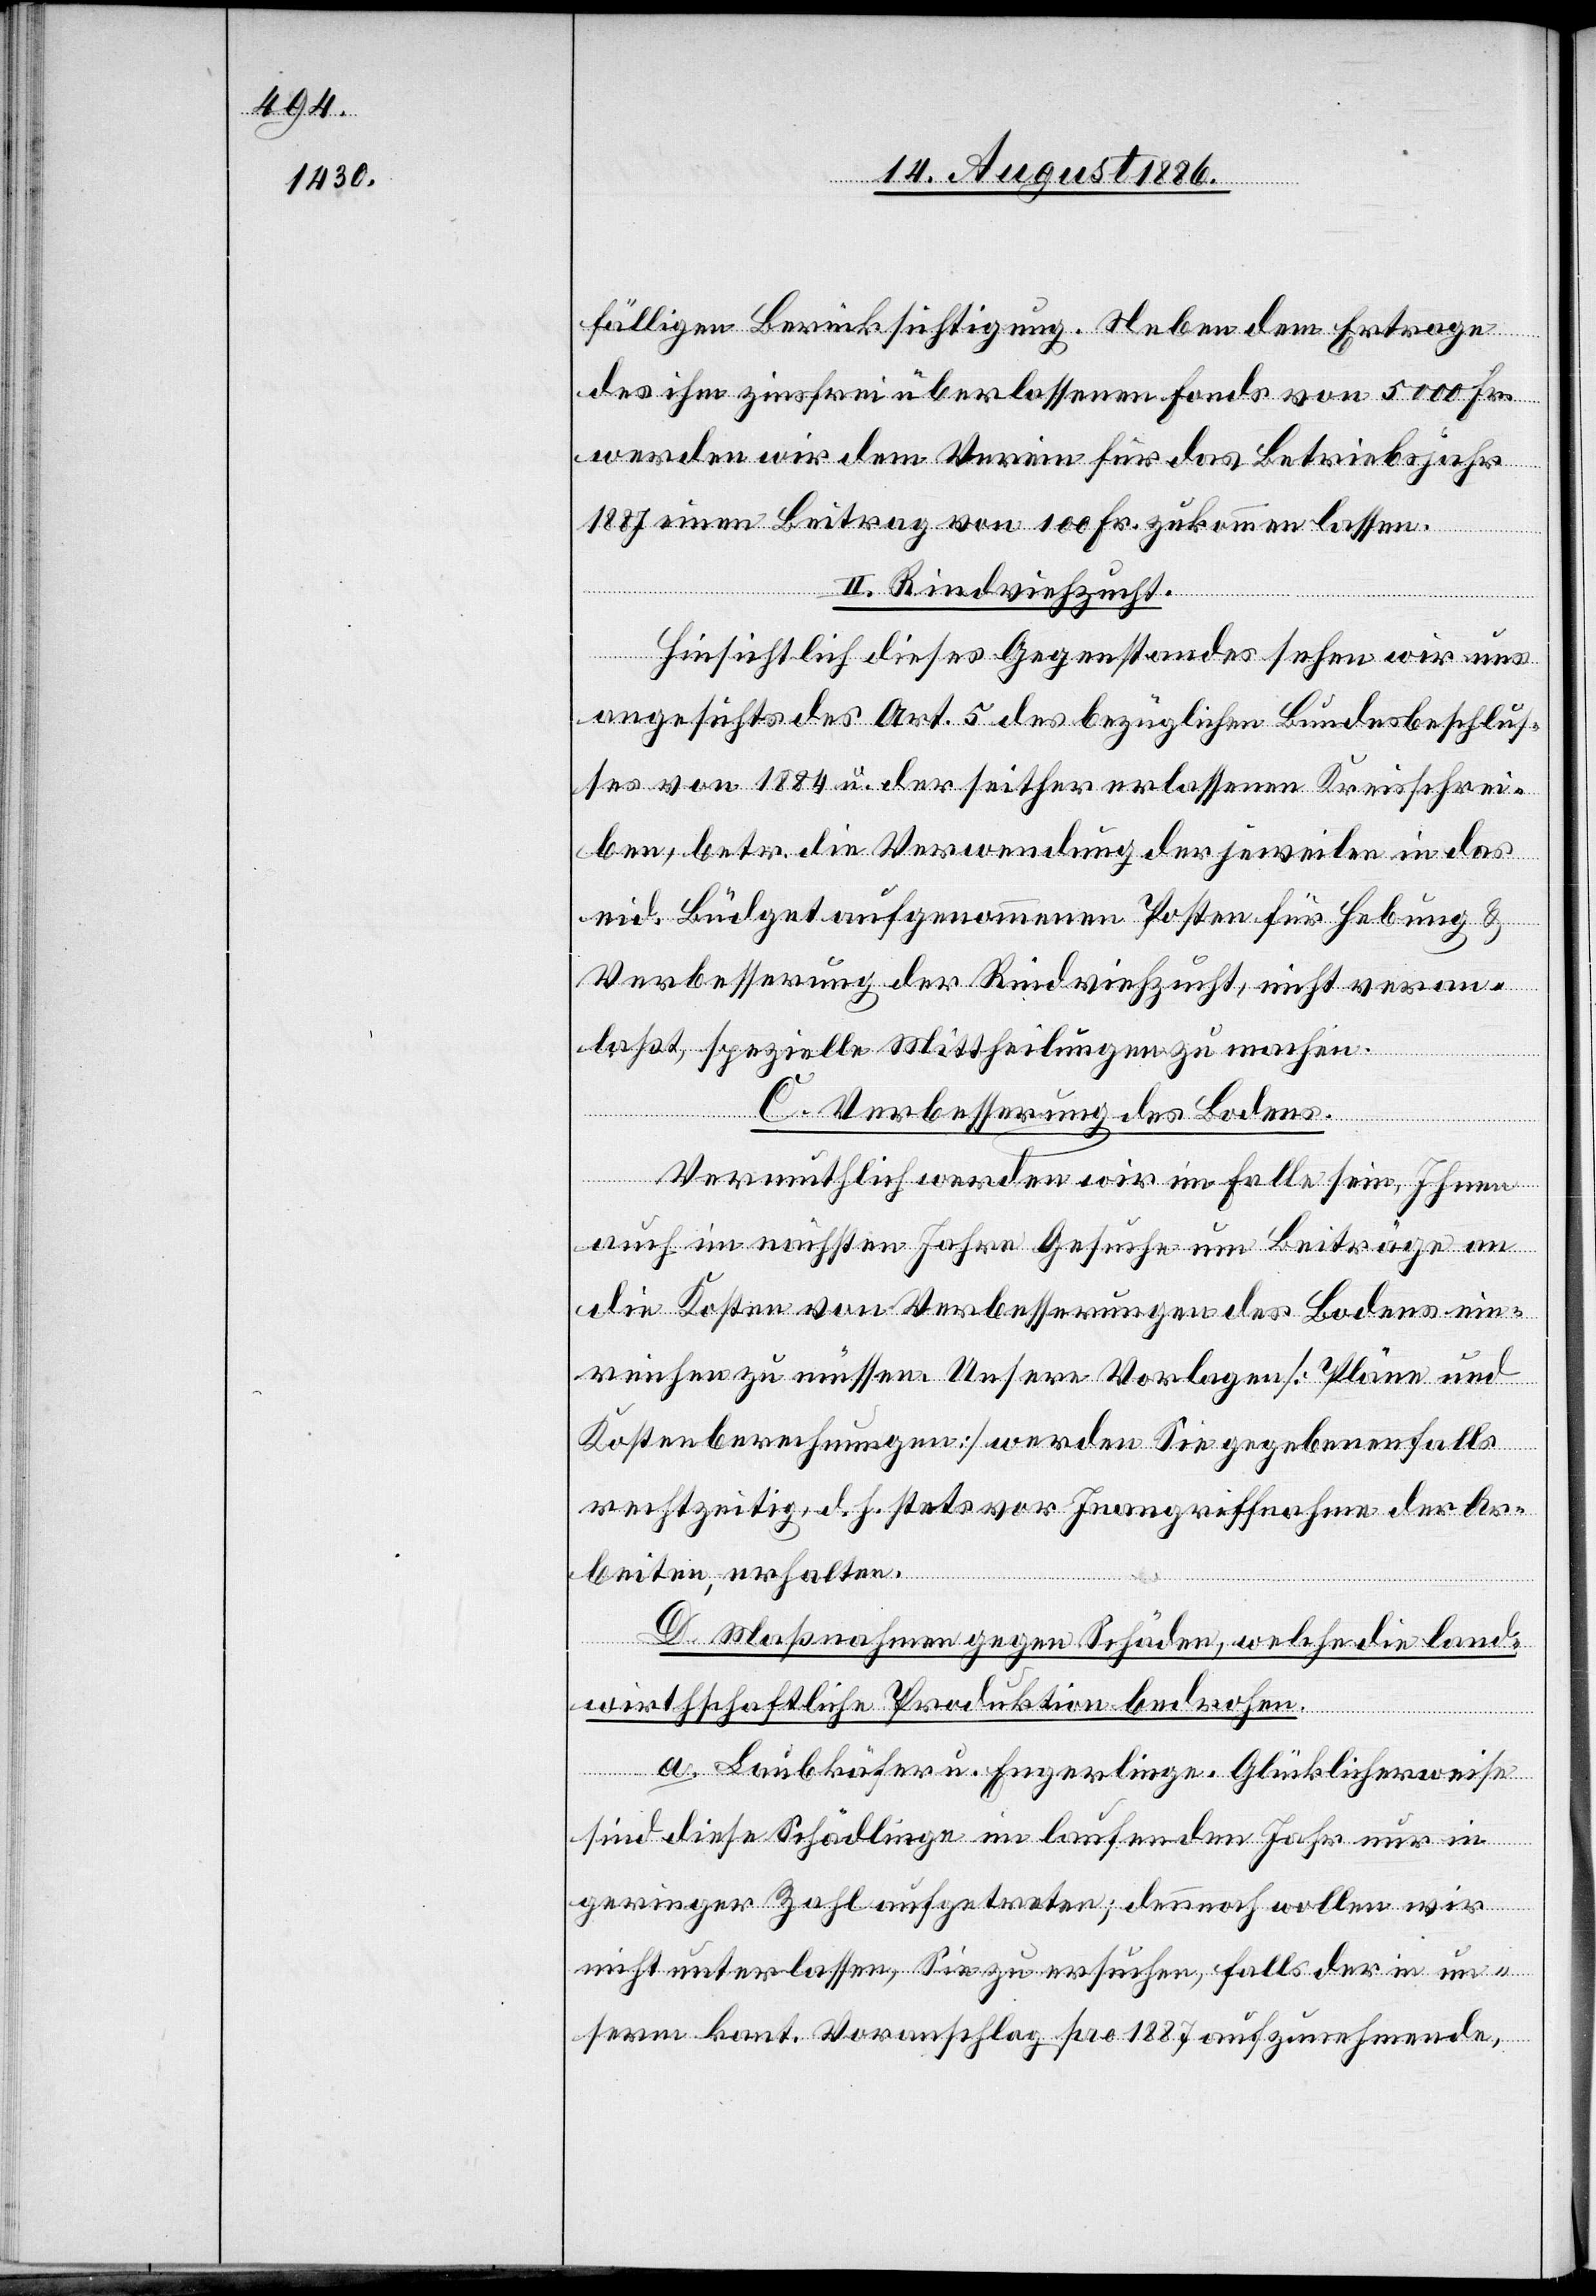
fälligen Berücksichtigung. Neben dem Ertrage
des ihm zinsfrei überlassenen Fonds von 5000 Fr.
werden wir dem Verein für das Betriebsjahr
1887 einen Beitrag von 100 Fr. zukommen lassen.
II. Rindviehzucht.
Hinsichtlich dieses Gegenstandes sehen wir uns
angesichts des Art. 5 des bezüglichen Bundesbeschlus¬
ses von 1884 u. der seither erlassenen Kreisschrei¬
ben, betr. die Verwendung der jeweilen in das
eid. Büdget aufgenommenen Posten für Hebung &
Verbesserung der Rindviehzucht, nicht veran¬
laßt, spezielle Mittheilungen zu machen.
C. Verbesserung des Bodens.
Vermuthlich werden wir im Falle sein, Ihnen
auch im nächsten Jahre Gesuche um Beiträge an
die Kosten von Verbesserungen des Bodens ein¬
reichen zu müssen. Unsere Vorlagen [Pläne und
Kostenberechnungen] werden Sie gegebenenfalls
rechtzeitig, d. h. stets vor Inangriffnahme der Ar¬
beiten, erhalten.
D. Maßnahmen gegen Schäden, welche die land¬
wirthschaftliche Produktion bedrohen.
a. Laubkäfer u. Engerlinge. Glücklicherweise
sind diese Schädlinge im laufenden Jahr nur in
geringer Zahl aufgetreten; dennoch wollen wir
nicht unterlassen, Sie zu ersuchen, falls der in un¬
serm kant. Voranschlag pro 1887 aufzunehmende,